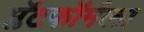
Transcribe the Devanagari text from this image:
प्लॅटफॉर्मला